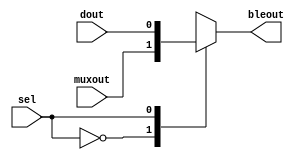
`timescale 1ns / 1ps

module mux2X1(input muxout, input dout,input sel, output reg bleout
    );

	always@ (sel or dout or muxout)
	begin
		case(sel)
		1'b0:bleout=muxout;
		1'b1:bleout=dout;
		endcase
	end
endmodule